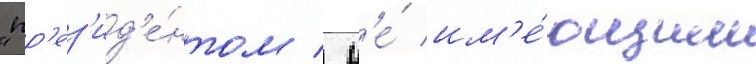
"пр'ез'ид'е́нтом / н'е́ им'е́ющим